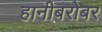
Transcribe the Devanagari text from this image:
हानीबरोबर